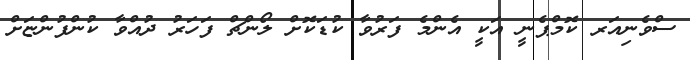
ސްވެނިއަރ ކޮމްޕެނީ އަކީ އެންމެ ފަރުވާ ކުޑަކޮށް ލޯންޗް ފަހަރު ދުއްވާ ކުންފުންޏަށް